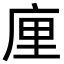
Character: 㢆